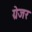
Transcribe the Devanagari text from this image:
ग्रेजर